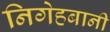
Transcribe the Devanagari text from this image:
निगेहबानी